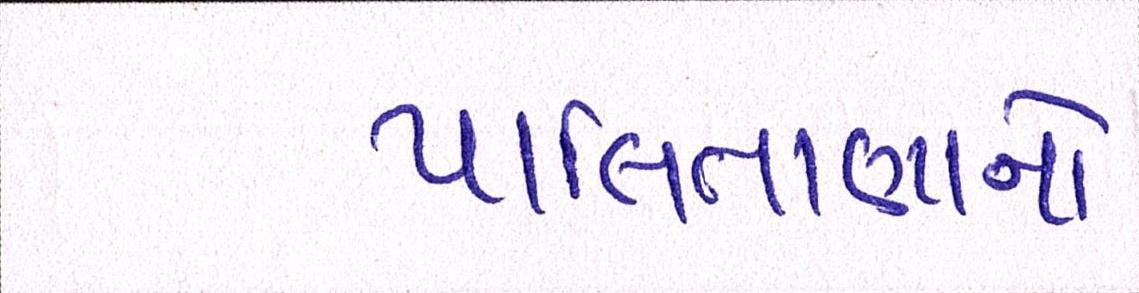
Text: પાલિતાણાનો